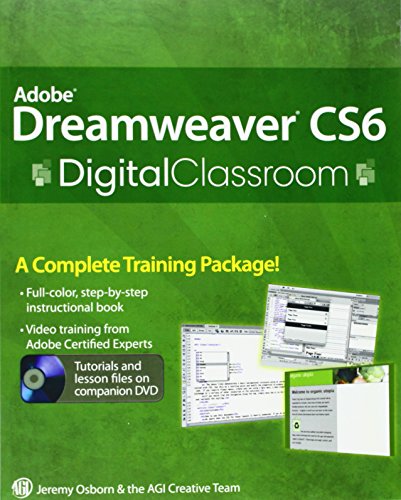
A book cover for Adobe Dreamweaver CS6 Digital Classroom; Jeremy Osborn; Computers & Technology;